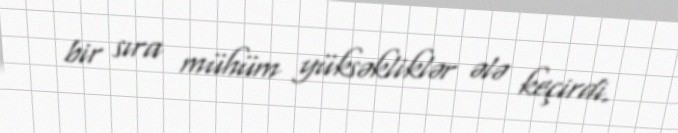
bir sıra mühüm yüksəkliklər ələ keçirdi.